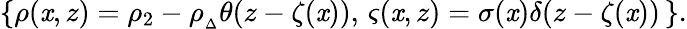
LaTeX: \{ \rho(\mathit{x},z)=\rho_{2}-\rho_{{}_{\Delta}}\theta(z-\zeta(\mathit{x})),\, \varsigma(\mathit{x},z)=\sigma(\mathit{x})\delta(z-\zeta(\mathit{x}))\, \} .